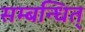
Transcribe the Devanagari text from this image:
सम्बन्धित्